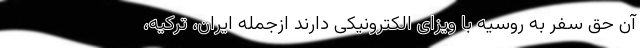
آن حق سفر به روسیه با ویزای الکترونیکی دارند ازجمله ایران، ترکیه،